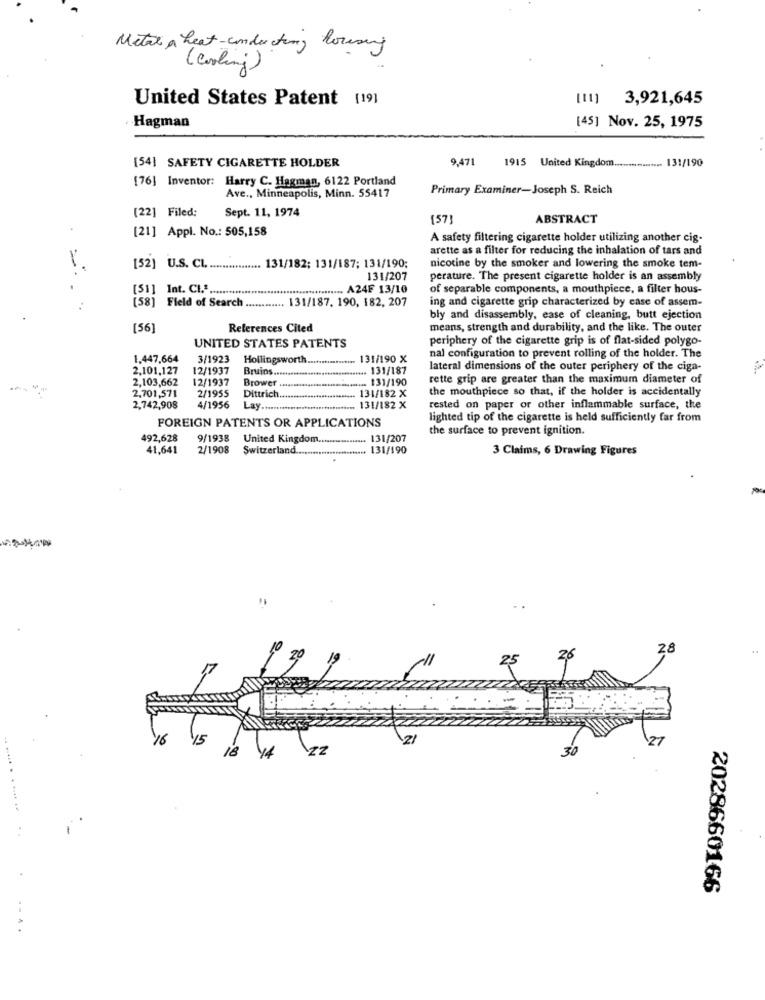
Metal a heat-conducting housing
(cooling)
United States Patent [19]
[11] 3,921,645
Hagman
[45] Nov. 25, 1975
9.471
1915 United Kingdom ...
...... 131/190
[54] SAFETY CIGARETTE HOLDER
[76] Inventor: Harry C. Hagman, 6122 Portland
Primary Examiner-Joseph S. Reich
Ave ., Minneapolis, Minn. 55417
[22] Filed:
Sept. 11, 1974
[57
ABSTRACT
[21] Appl. No .: 505,158
A safety filtering cigarette holder utilizing another cig-
arette as a filter for reducing the inhalation of tars and
[52] U.S. CL. ................ 131/182; 131/187; 131/190;
nicotine by the smoker and lowering the smoke tem-
=.
131/207
perature. The present cigarette holder is an assembly
[51] Int. Cl.ª .......
............. A24F 13/10
of separable components, a mouthpiece, a filter hous-
131/187, 190, 182, 207
ing and cigarette grip characterized by case of assem-
[58] Field of Search ..........
bly and disassembly, ease of cleaning, butt ejection
[56]
References Cited
means, strength and durability, and the like. The outer
periphery of the cigarette grip is of flat-sided polygo-
UNITED STATES PATENTS
1.447,664
3/1923
Hollingsworth.
131/190 X
nal configuration to prevent rolling of the holder. The
2,101,127
12/1937
Bruins.
.. 131/187
lateral dimensions of the outer periphery of the ciga-
2,103,662
12/1937
Brower
131/190
rette grip are greater than the maximum diameter of
131/182 X
the mouthpiece so that, if the holder is accidentally
2,701,571
2/1955
Dittrich ...........................
2,742,908
4/1956
Lay ................................. 131/182 X
rested on paper or other inflammable surface, the
FOREIGN PATENTS OR APPLICATIONS
lighted tip of the cigarette is held sufficiently far from
the surface to prevent ignition.
492,628
9/1938
United Kingdom ................. 131/207
41,641
2/1908
Switzerland .............
...... 131/190
3 Claims, 6 Drawing Figures
28
26
16
15
\zz
30
18 44
... .
..
2028660166
...